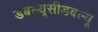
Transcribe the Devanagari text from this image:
डबल्यूसीडबल्यू